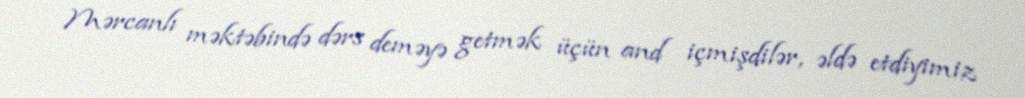
Mərcanlı məktəbində dərs deməyə getmək üçün and içmişdilər, əldə etdiyimiz